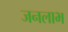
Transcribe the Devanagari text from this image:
जनलाभ